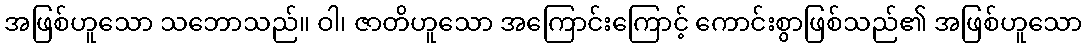
အဖြစ်ဟူသော သဘောသည်။ ဝါ၊ ဇာတိဟူသော အကြောင်းကြောင့် ကောင်းစွာဖြစ်သည်၏ အဖြစ်ဟူသော